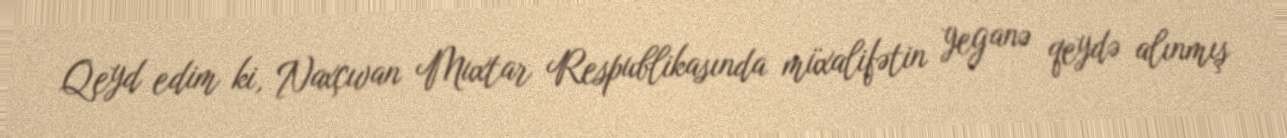
Qeyd edim ki, Naxçıvan Muxtar Respublikasında müxalifətin yeganə qeydə alınmış